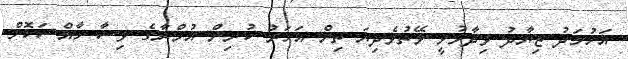
އަހުމަދު ޒިޔާދު ވިދާޅުވީ ވޭތުވެދިޔަ ތިން އަހަރު ކުރިން އުމްރާގެ ވިސާ ހާއްސަކޮށް